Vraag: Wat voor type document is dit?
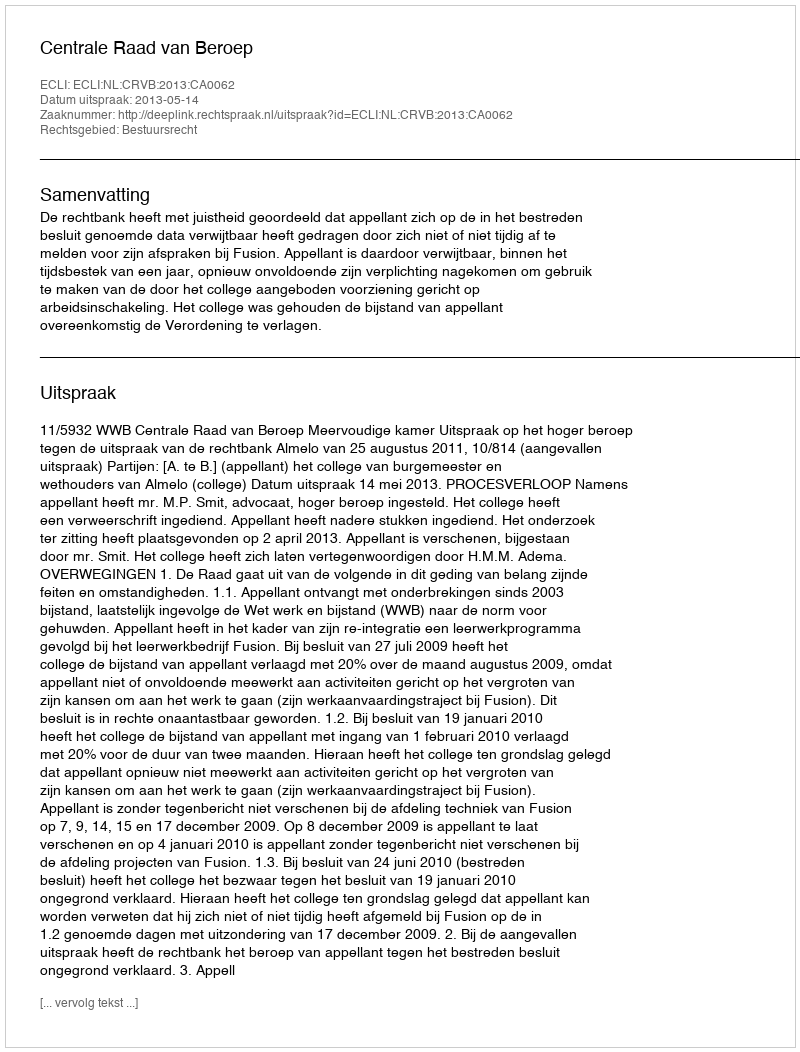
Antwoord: Uitspraak